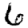
Digit: 6